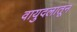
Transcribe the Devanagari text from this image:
वायुदलातून